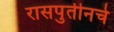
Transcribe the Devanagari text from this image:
रासपुतीनचे